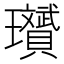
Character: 𪼱